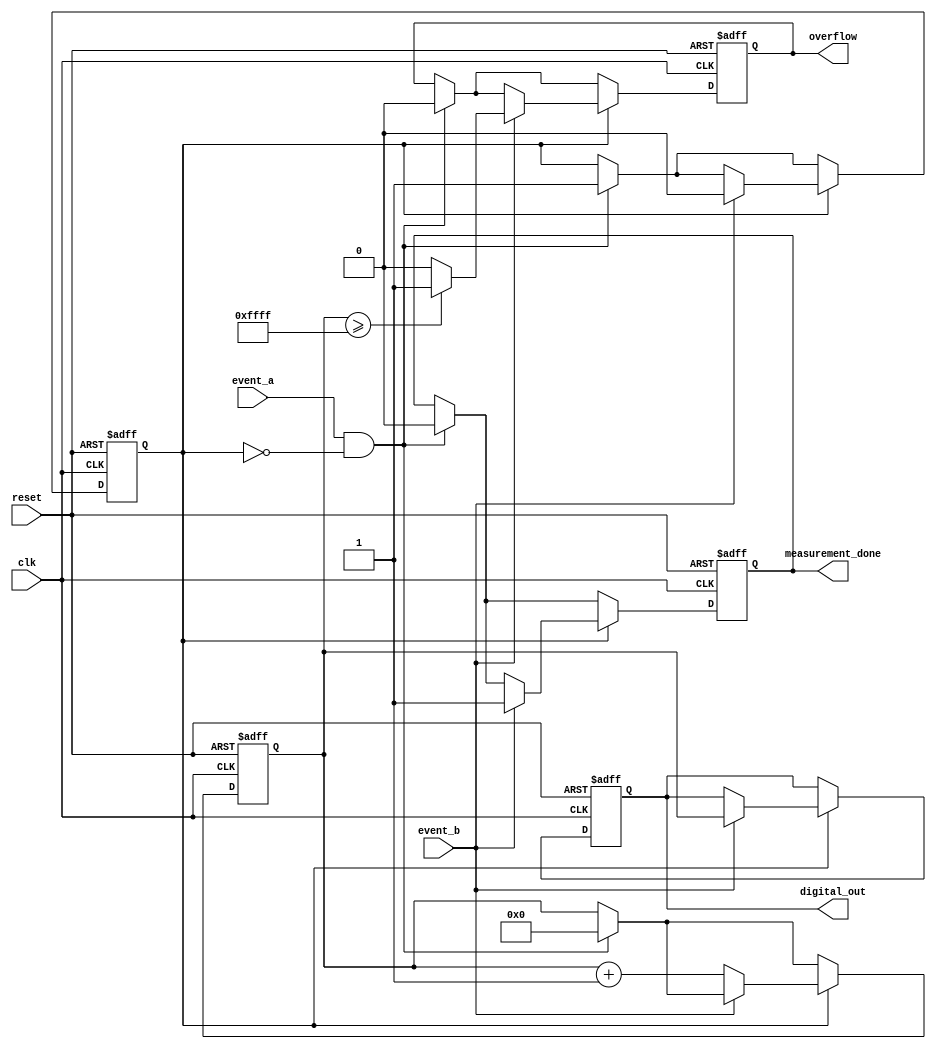
module time_to_digital_converter (
    input wire clk,               // High-resolution clock
    input wire reset,             // Asynchronous reset
    input wire event_a,           // Input signal for Event A
    input wire event_b,           // Input signal for Event B
    output reg [15:0] digital_out, // Digital output representing time interval
    output reg measurement_done,   // Indicates measurement completion
    output reg overflow            // Indicates overflow condition
);

    reg [15:0] counter;           // Counter for clock cycles between events
    reg measuring;                // State to indicate if measurement is ongoing

    // State machine for measurement control
    always @(posedge clk or posedge reset) begin
        if (reset) begin
            counter <= 16'b0;
            digital_out <= 16'b0;
            measurement_done <= 1'b0;
            overflow <= 1'b0;
            measuring <= 1'b0;
        end else begin
            if (event_a && !measuring) begin
                // Start measurement on Event A
                measuring <= 1'b1;
                counter <= 16'b0; // Reset counter
                measurement_done <= 1'b0;
                overflow <= 1'b0;
            end

            if (measuring) begin
                if (event_b) begin
                    // Stop measurement on Event B
                    measuring <= 1'b0;
                    digital_out <= counter; // Output the counted value
                    measurement_done <= 1'b1;

                    // Check for overflow (example threshold)
                    if (counter >= 16'hFFFF) begin
                        overflow <= 1'b1; // Set overflow flag
                    end else begin
                        overflow <= 1'b0; // Clear overflow flag
                    end
                end else begin
                    counter <= counter + 1; // Increment counter on each clock cycle
                end
            end
        end
    end

endmodule